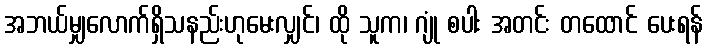
အဘယ်မျှလောက်ရှိသနည်းဟုမေးလျှင်၊ ထို သူက၊ ဂျုံ စပါး အတင်း တထောင် ပေးရန်